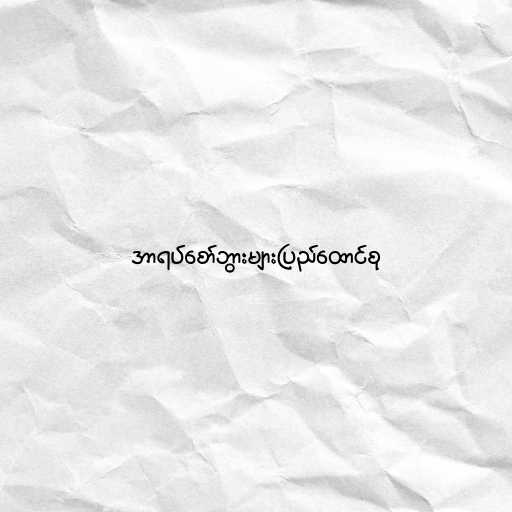
အာရပ်စော်ဘွားများပြည်ထောင်စု